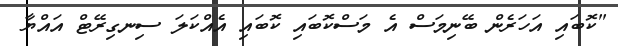
"ކޮބައި އަހަރެން ބޭނިމަސް އެ މަސްކޮބައި ކޮބައި އެއްކަލަ ސިނގިރޭޓް އައްޔާ